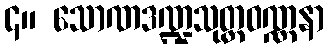
၄။ သောဏဒဏ္ဍသုတ္တဝဏ္ဏနာ